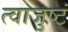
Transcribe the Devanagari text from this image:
त्वाजुष्टं